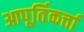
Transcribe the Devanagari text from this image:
आपूर्तिकर्त्ता